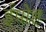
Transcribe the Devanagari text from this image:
ईपोह